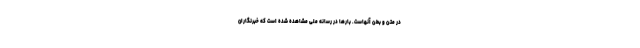
در متن و بطن آنهاست. بارها در رسانه ملی مشاهده شده است که خبرنگاران